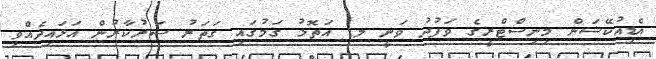
އެޑިއުކޭޝަން މިނިސްޓްރީގެ ވަފުދު ވަނީ ލ. އަތޮޅު ގަމުގައި ގަތަރު ސަރުކާރުން އަޅައިދެއްވި